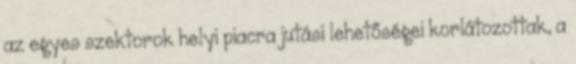
az egyes szektorok helyi piacra jutási lehetőségei korlátozottak, a